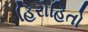
હિરોહિતો